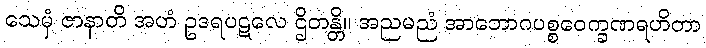
သေမှံ ဇာနာတိ အဟံ ဥဒရပဋလေ ဌိတန္တိ။ အညမညံ အာဘောဂပစ္စဝေက္ခဏရဟိတာ